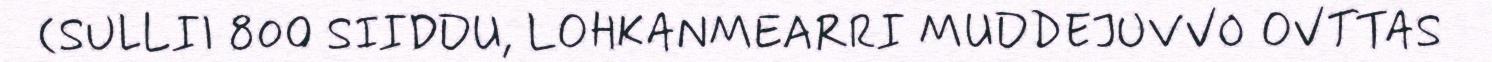
(SULLII 800 SIIDDU, LOHKANMEARRI MUDDEJUVVO OVTTAS